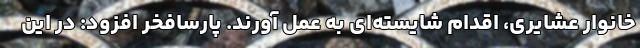
خانوار عشایری، اقدام شایسته‌ای به عمل آورند. پارسافخر افزود: در این